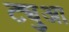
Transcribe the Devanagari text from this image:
ट्युआ